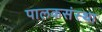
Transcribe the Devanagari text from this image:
पालकसंस्था